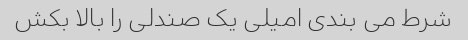
شرط می بندی امیلی یک صندلی را بالا بکش